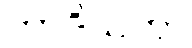
တာဒိသကာ